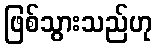
ဖြစ်သွားသည်ဟု